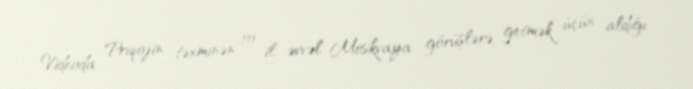
Videoda Priqojin təxminən 10 il əvvəl Moskvaya görüşlərə getmək üçün aldığı